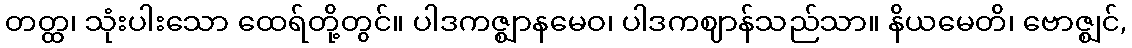
တတ္ထ၊ သုံးပါးသော ထေရ်တို့တွင်။ ပါဒကဇ္ဈာနမေဝ၊ ပါဒကဈာန်သည်သာ။ နိယမေတိ၊ ဗောဇ္ဈင်,